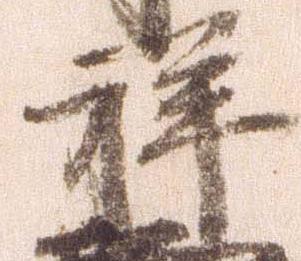
祥